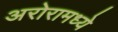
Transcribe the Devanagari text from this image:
अरोरामध्ये